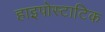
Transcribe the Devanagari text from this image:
हाइपोस्टाटिक